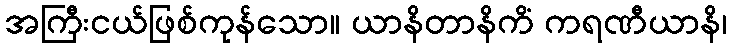
အကြီးငယ်ဖြစ်ကုန်သော။ ယာနိတာနိကိံ ကရဏီယာနိ၊